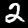
Digit: 2